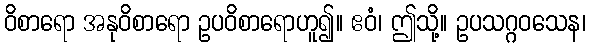
ဝိစာရော အနုဝိစာရော ဥပဝိစာရောဟူ၍။ ဧဝံ၊ ဤသို့။ ဥပသဂ္ဂဝသေန၊